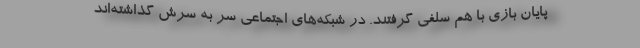
پایان بازی با هم سلفی گرفتند. در شبکه‌های اجتماعی سر به سرش گذاشته‌اند